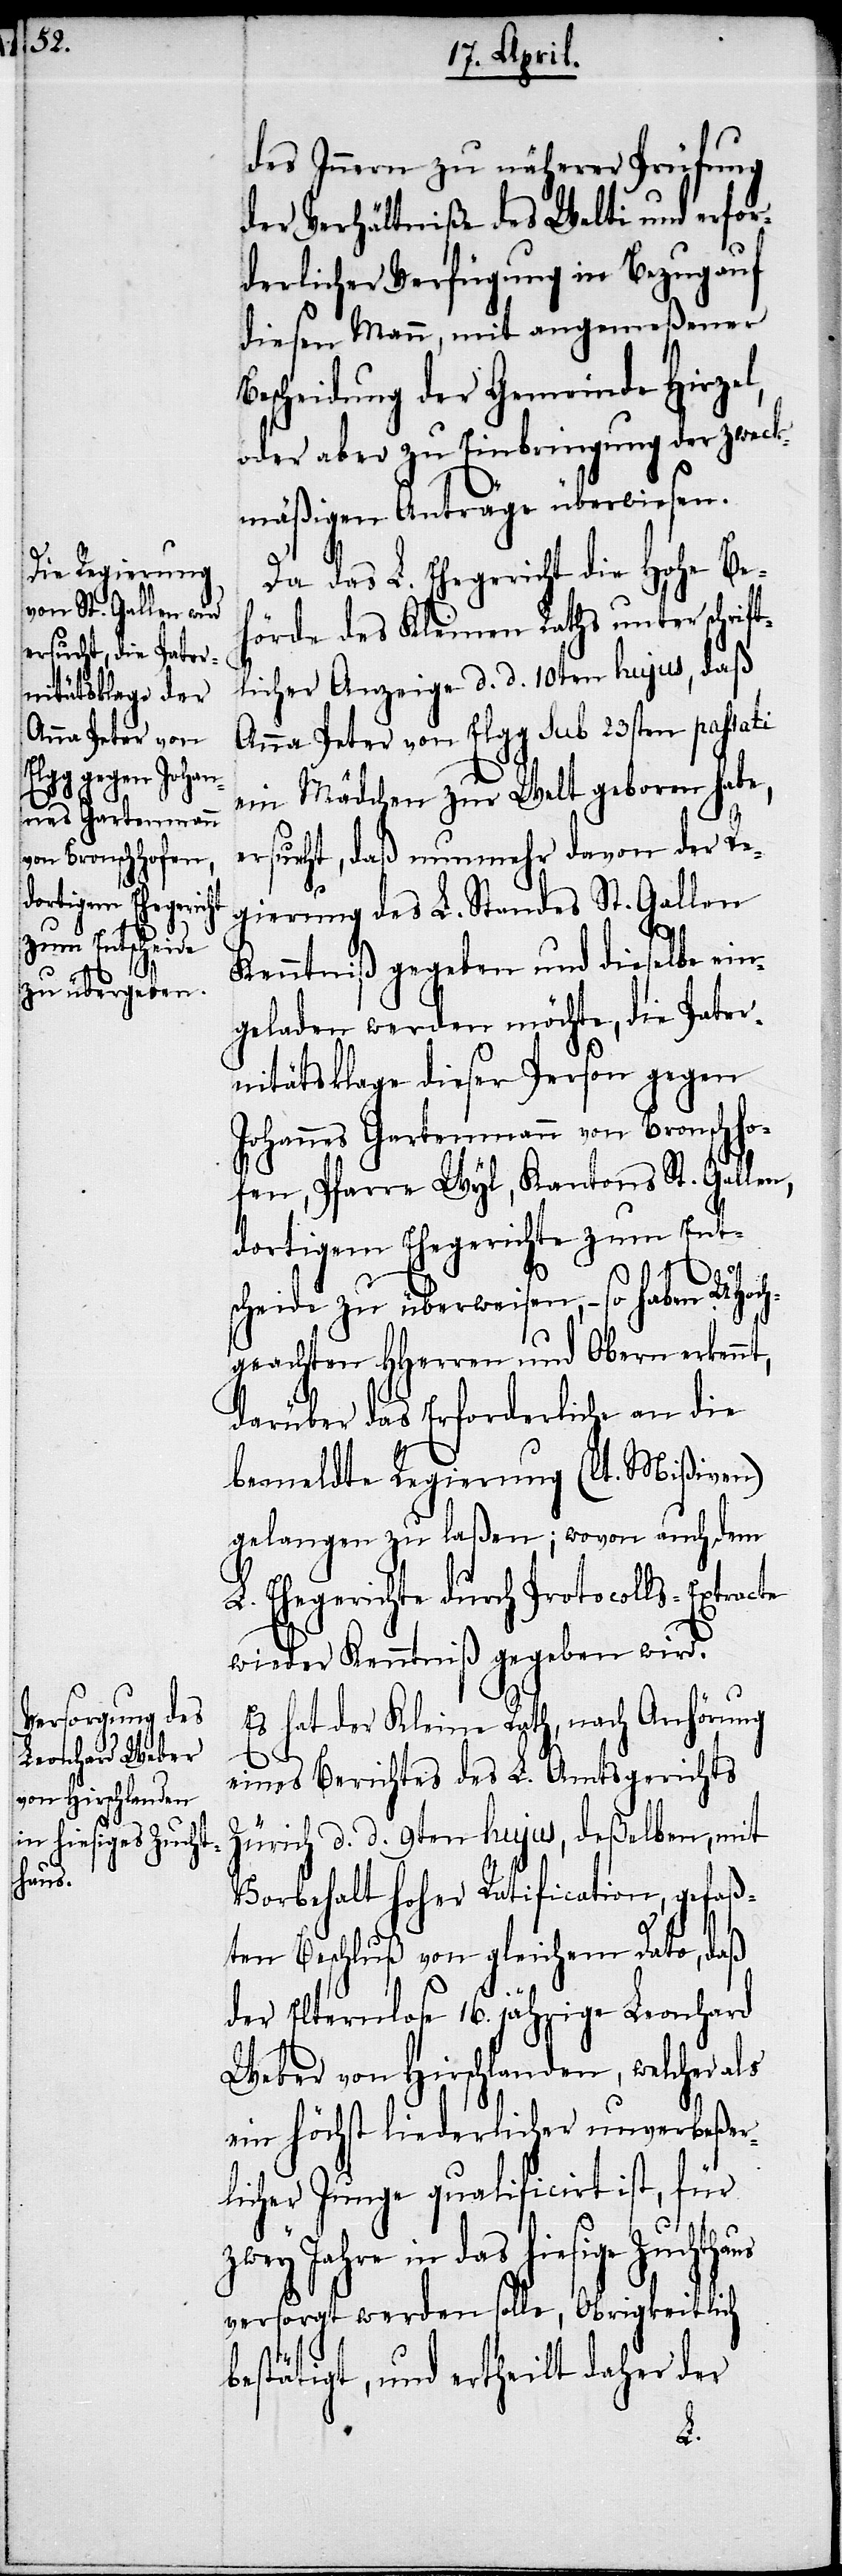
haus

des Innern zu näherer Prüfung
der Verhältniße des Welti und erfor¬
derlicher Verfügung in Bezug auf
diesen Mann, mit angemeßener
Bescheidung der Gemeinde Hirzel,
oder aber zu Einbringung der zweck¬
mäßigen Anträge überwiesen.
Da das L. Ehegericht die Hohe Be¬
hörde des Kleinen Raths unter schrift¬
licher Anzeige d. d. 10ten hujus, daß
Anna Peter von Elgg sub 23sten passati
ein Mädchen zur Welt geboren habe,
ersucht, daß nunmehr davon der Re¬
gierung des L. Standes St. Gallen
Kenntniß gegeben und dieselbe ei¬
ngeladen werden möchte, die Pater¬
nitätsklage dieser Person gegen
Johannes Gartenmann von Bronschho¬
fen, Pfarre Wyl, Kantons St. Gallen,
dortigem Ehegerichte zum Ent¬
scheide zu überweisen, – so haben UHoch¬
geachten HHerren und Obern erkennt,
darüber das Erforderliche an die
bemeldte Regierung (lt. Mißiven)
gelangen zu laßen; wovon auch dem
L. Ehegerichte durch Protocolls-Extracte
wieder Kenntniß gegeben wird.
Es hat der Kleine Rath, nach Anhörung
eines Berichtes des L. Amtsgerichts
Zürich d. d. 9ten hujus, deßelben, mit
Vorbehalt hoher Ratification, gefaß¬
ten Beschluß von gleichem Dato, daß
der Elternlose 16. jährige Leonhard
Weber von Hirschlanden, welcher als
ein höchst liederlicher unverbeßer¬
licher Junge qualificirt ist, für
Jahre in das hiesige Zucht¬
versorgt werden solle, Obrigkeitlich
bestätigt, und ertheilt daher der